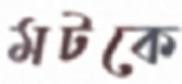
মটকে